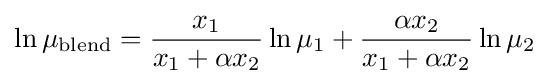
\ln \mu _{\text{blend}}={\frac {x_{1}}{x_{1}+\alpha x_{2}}}\ln \mu _{1}+{\frac {\alpha x_{2}}{x_{1}+\alpha x_{2}}}\ln \mu _{2}